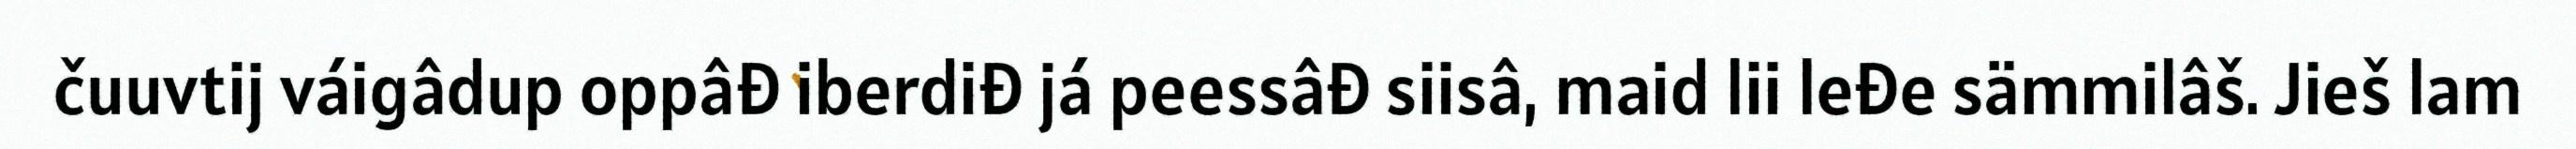
čuuvtij váigâdup oppâđ iberdiđ já peessâđ siisâ, maid lii leđe sämmilâš. Jieš lam